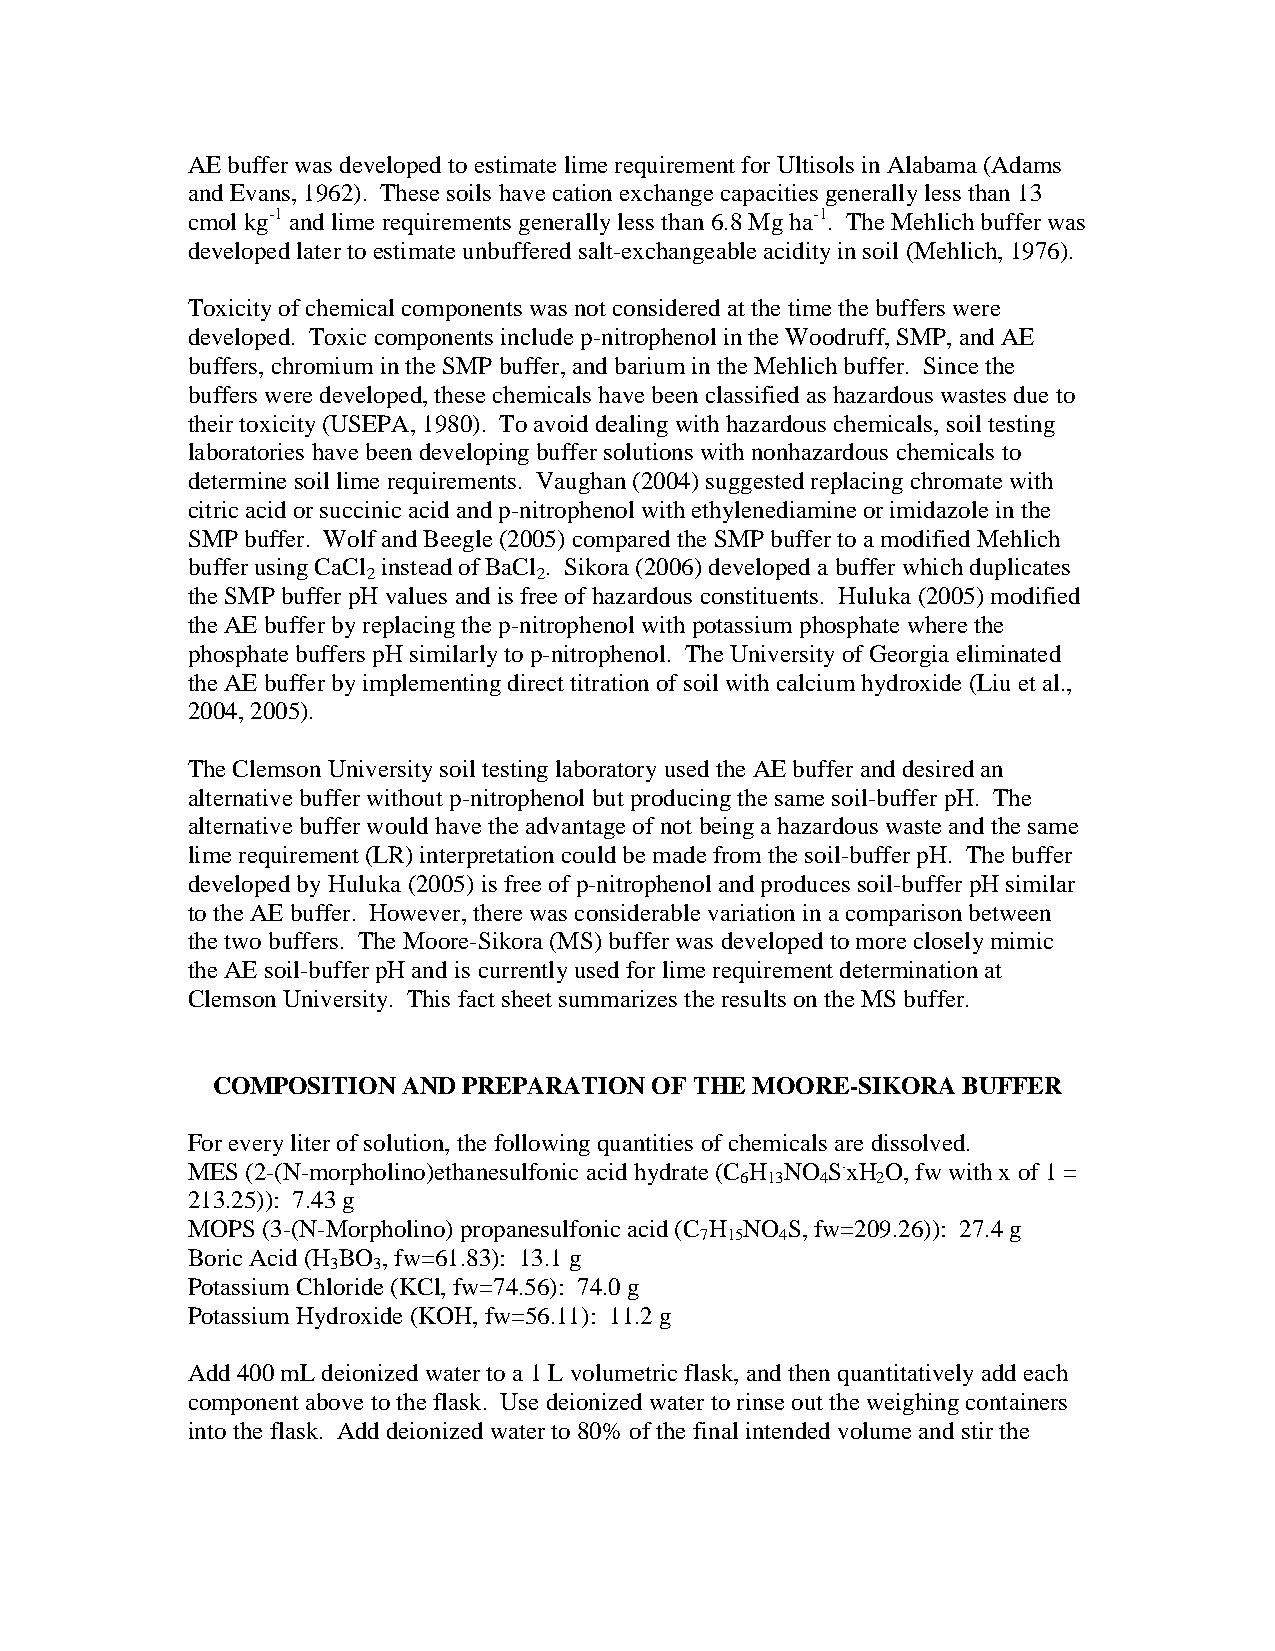
AE buffer was developed to estimate lime requirement for Ultisols in Alabama (Adams
 and Evans, 1962). These soils have cation exchange capacities generally less than 13
 cmol kg-1 and lime requirements generally less than 6.8 Mg ha-1. The Mehlich buffer was
 developed later to estimate unbuffered salt-exchangeable acidity in soil (Mehlich, 1976).
 Toxicity of chemical components was not considered at the time the buffers were
 developed. Toxic components include p-nitrophenol in the Woodruff, SMP, and AE
 buffers, chromium in the SMP buffer, and barium in the Mehlich buffer. Since the
 buffers were developed, these chemicals have been classified as hazardous wastes due to
 their toxicity (USEPA, 1980). To avoid dealing with hazardous chemicals, soil testing
 laboratories have been developing buffer solutions with nonhazardous chemicals to
 determine soil lime requirements. Vaughan (2004) suggested replacing chromate with
 citric acid or succinic acid and p-nitrophenol with ethylenediamine or imidazole in the
 SMP buffer. Wolf and Beegle (2005) compared the SMP buffer to a modified Mehlich
 buffer using CaCl instead of BaCl . Sikora (2006) developed a buffer which duplicates
 2           2
 the SMP buffer pH values and is free of hazardous constituents. Huluka (2005) modified
 the AE buffer by replacing the p-nitrophenol with potassium phosphate where the
 phosphate buffers pH similarly to p-nitrophenol. The University of Georgia eliminated
 the AE buffer by implementing direct titration of soil with calcium hydroxide (Liu et al.,
 2004, 2005).
 The Clemson University soil testing laboratory used the AE buffer and desired an
 alternative buffer without p-nitrophenol but producing the same soil-buffer pH. The
 alternative buffer would have the advantage of not being a hazardous waste and the same
 lime requirement (LR) interpretation could be made from the soil-buffer pH. The buffer
 developed by Huluka (2005) is free of p-nitrophenol and produces soil-buffer pH similar
 to the AE buffer. However, there was considerable variation in a comparison between
 the two buffers. The Moore-Sikora (MS) buffer was developed to more closely mimic
 the AE soil-buffer pH and is currently used for lime requirement determination at
 Clemson University. This fact sheet summarizes the results on the MS buffer.
 COMPOSITION  AND PREPARATION OF THE MOORE-SIKORA  BUFFER
 For every liter of solution, the following quantities of chemicals are dissolved.
 MES (2-(N-morpholino)ethanesulfonic acid hydrate (C H NO S.xH O, fw with x of 1 =
 6 13 4   2
 213.25)): 7.43 g
 MOPS (3-(N-Morpholino) propanesulfonic acid (C H NO S, fw=209.26)): 27.4 g
 7 15  4
 Boric Acid (H BO , fw=61.83): 13.1 g
 3  3
 Potassium Chloride (KCl, fw=74.56): 74.0 g
 Potassium Hydroxide (KOH, fw=56.11): 11.2 g
 Add 400 mL deionized water to a 1 L volumetric flask, and then quantitatively add each
 component above to the flask. Use deionized water to rinse out the weighing containers
 into the flask. Add deionized water to 80% of the final intended volume and stir the